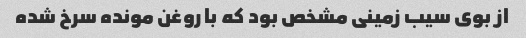
از بوی سیب زمینی مشخص بود که با روغن مونده سرخ شده